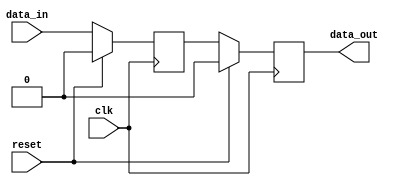
module two_flop_synchronizer (
    input wire clk,         // Clock input
    input wire reset,       // Reset input
    input wire data_in,     // Input data signal to be synchronized
    output reg data_out     // Synchronized output data signal
);

reg d1, d2;                // Data inputs for the two flip-flops

// First flip-flop to capture incoming signal on rising edge of clock
always @(posedge clk) begin
    if (reset) begin
        d1 <= 1'b0;
    end else begin
        d1 <= data_in;
    end
end

// Second flip-flop to sample output of first flip-flop on next rising edge of clock
always @(posedge clk) begin
    if (reset) begin
        d2 <= 1'b0;
    end else begin
        d2 <= d1;
    end
end

// Output the synchronized data on the second flip-flop output
assign data_out = d2;

endmodule